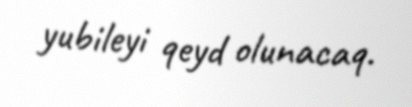
yubileyi qeyd olunacaq.